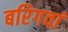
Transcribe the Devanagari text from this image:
बरिगवां